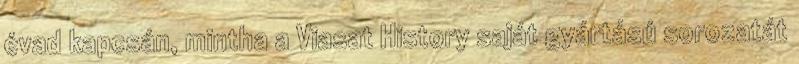
évad kapcsán, mintha a Viasat History saját gyártású sorozatát